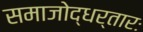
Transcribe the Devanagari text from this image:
समाजोद्धर्तारः